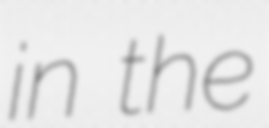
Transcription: in the